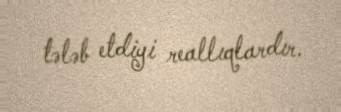
tələb etdiyi reallıqlardır.